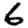
Digit: 6